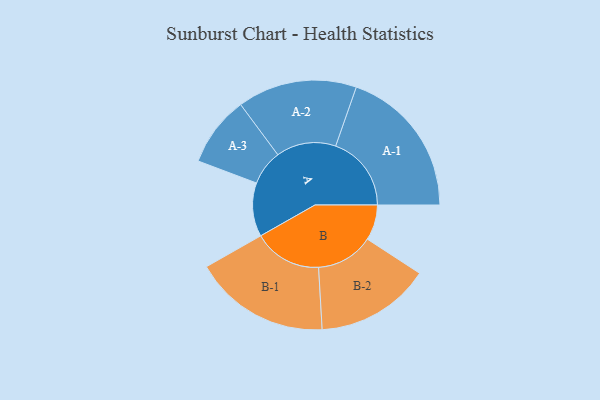
{"axis": {"x": "Segment", "y": "Value"}, "legend": ["", "A", "B"], "data": [{"x": "A", "y": 179, "type": ""}, {"x": "B", "y": 118, "type": ""}, {"x": "A-1", "y": 252, "type": "A"}, {"x": "A-2", "y": 199, "type": "A"}, {"x": "A-3", "y": 117, "type": "A"}, {"x": "B-1", "y": 227, "type": "B"}, {"x": "B-2", "y": 191, "type": "B"}]}